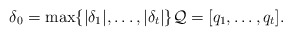
\begin{align*}\delta_0 = \max \{ |\delta_1|, \dots , |\delta_t| \} \mathcal{Q}=[ q_1,\dots , q_t ].\end{align*}